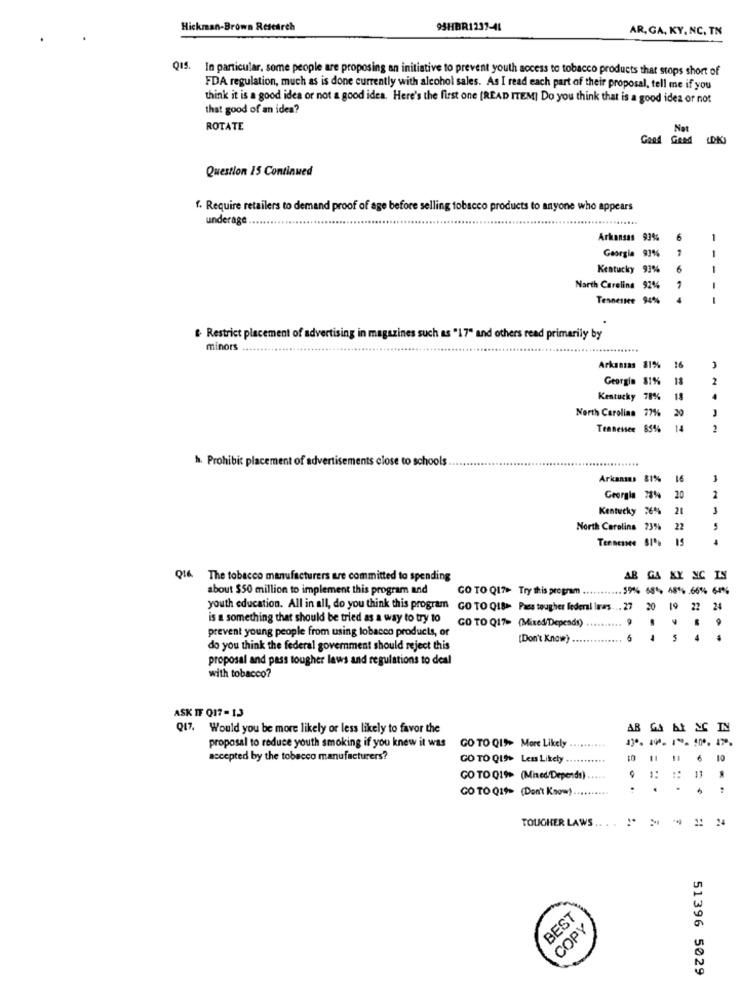
Hickman-Brown Research
93HBR1237-41
AR, GA, KY, NC. TN
Q19. In particular, some people are proposing an initiative to prevent youth access to tobacco products that stops short of
FDA regulation, much as is done currently with alcohol sales. As I read each part of their proposal, tell me if you
think it is a good idea or not a good idea. Here's the first one [READ ITEM] Do you think that is a good idea or not
that good of an idea?
ROTATE
Not
Good Gend
Question 15 Continued
f. Require retailers to demand proof of age before selling tobacco products to anyone who appears
underage
Arkansas 93%
6
1
Georgia 93%
1
Kentucky 93%
6
1
North Carolina 92%
Tennessee
94%
4
& Restrict placement of advertising in magazines such as "17" and others read primarily by
minors
Arkansas 81
16
Georgia $1%
18
2
Kentucky 78%
18
4
North Carolina 77%
20
Tennessee 85%
14
* Prohibit placement of advertisements close to schools
.......
Arkansas 81%
16
1
Georgie 28%
20
2
Kentucky 26%
21
3
North Carolina 23%
22
Tennessee S
. 15
Q16 The tobacco manufacturers are committed to spending
AB GA XY NC LY
about $50 million to implement this program and
GO TO Q17> Try this program ........... 59% 681, 48% .66% 64%
youth education. All in all, do you think this program GO TO Q18>- Pass tougher federal Itas. .. 27
20
19
22 24
is a something that should be tried as a way to try to
GO TO Q17> (Mixed/Depends)
9
prevent young people from using tobacco products, or
. ..
[Don't Know)
.
do you think the federal government should reject this
proposal and pass tougher laws and regulations to deal
with tobacco?
ASK IF Q17-13
Q17. Would you be more likely or less likely to favor the
AB GA
At &C IN
130. 10. 1. 100. 17.
proposal to reduce youth smoking if you knew it was
GO TO QI>> More Likely
accepted by the tobacco manufacturers?
GO TO QU% Less Likely
6
GO TO Q1% (Mixed Depends).
:: 11
GO TO Q19 (Don't Know)
-
TOLIGHER LAWS .. .
BEST
COPY
51396 5029